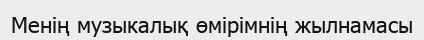
Менің музыкалық өмірімнің жылнамасы